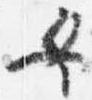
女